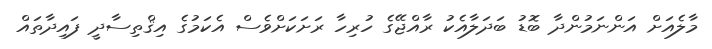
މާލެއަށް އަންނަމުންދާ ބޮޑު ބަދަލާއެކު ރާއްޖޭގެ ހުރިހާ ރަށަކަށްވެސް އެކަމުގެ އިޤްތިސާދީ ފައިދާތައް